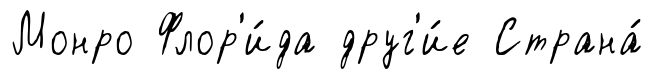
Монро Флор'и́да друг'и́е Страна́